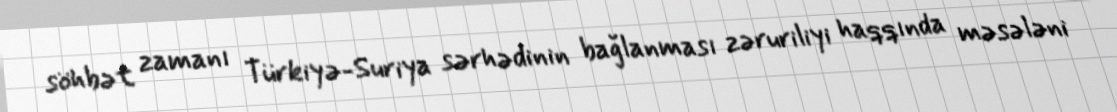
söhbət zamanı Türkiyə-Suriya sərhədinin bağlanması zəruriliyi haqqında məsələni